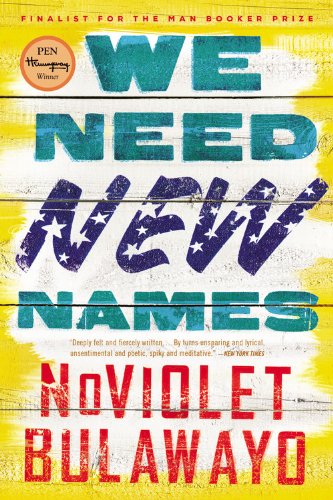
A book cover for We Need New Names: A Novel; NoViolet Bulawayo; Literature & Fiction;